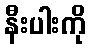
နီးပါးကို